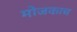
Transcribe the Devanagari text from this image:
मोजकाच